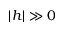
| h | \gg 0